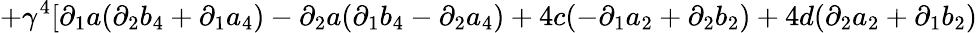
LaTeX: +\gamma^{4}[\partial_{1}a(\partial_{2}b_{4}+\partial_{1}a_{4})-\partial_{2}a(\partial_{1}b_{4}-\partial_{2}a_{4})+4c(-\partial_{1}a_{2}+\partial_{2}b_{2})+4d(\partial_{2}a_{2}+\partial_{1}b_{2})